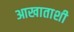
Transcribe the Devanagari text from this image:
आखाताशी